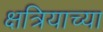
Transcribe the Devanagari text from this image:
क्षत्रियाच्या